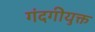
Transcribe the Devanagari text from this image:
गंदगीयुक्त